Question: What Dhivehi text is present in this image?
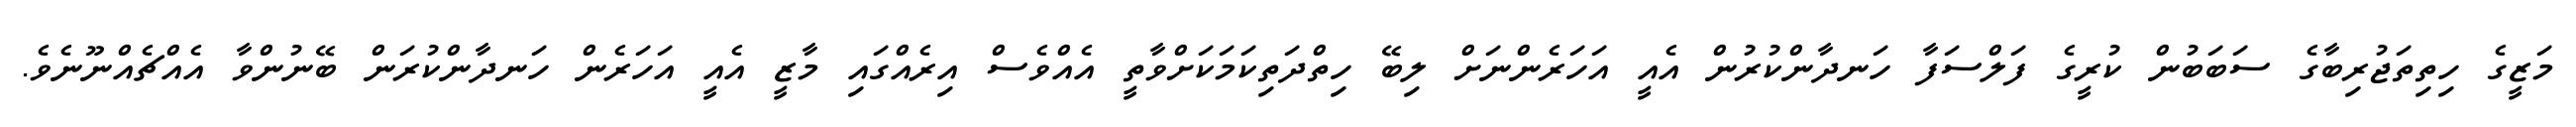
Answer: މަޒީގެ ހިތިތަޖުރިބާގެ ސަބަބުން ކުރީގެ ފަލްސަފާ ހަނދާންކުރުން އެއީ އަހަރެންނަށް ލިބޭ ހިތްދަތިކަމަކަށްވާތީ އެއްވެސް އިރެއްގައި މާޒީ އެއީ އަހަރެން ހަނދާންކުރަން ބޭނުންވާ އެއްޗެއްނޫނެވެ.